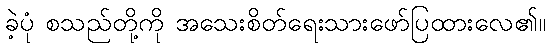
ခဲ့ပုံ စသည်တို့ကို အသေးစိတ်ရေးသားဖော်ပြထားလေ၏။